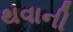
થવાની